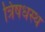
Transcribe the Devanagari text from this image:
त्रिषधस्थ